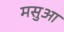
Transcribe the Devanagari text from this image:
मसुआ